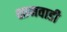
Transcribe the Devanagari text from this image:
शामवाडी